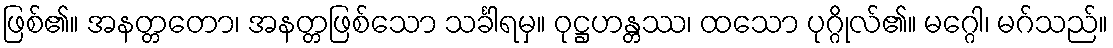
ဖြစ်၏။ အနတ္တတော၊ အနတ္တဖြစ်သော သင်္ခါရမှ။ ဝုဋ္ဌဟန္တဿ၊ ထသော ပုဂ္ဂိုလ်၏။ မဂ္ဂေါ၊ မဂ်သည်။